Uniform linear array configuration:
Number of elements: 16
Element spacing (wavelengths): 0.25
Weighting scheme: hamming
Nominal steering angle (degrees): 45
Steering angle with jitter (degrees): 45.873
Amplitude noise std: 0.05
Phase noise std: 0.05

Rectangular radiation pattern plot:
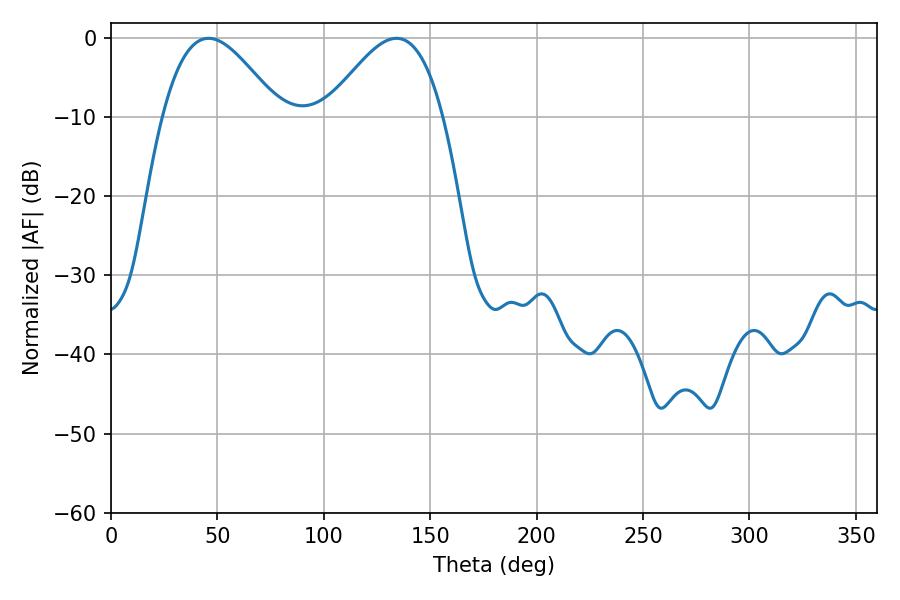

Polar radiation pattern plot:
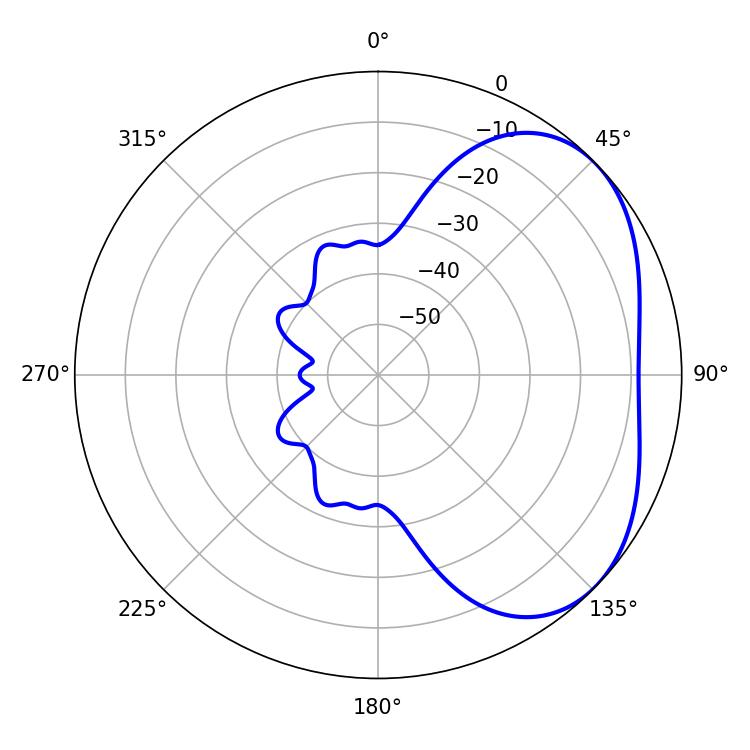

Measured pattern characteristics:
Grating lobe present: FALSE
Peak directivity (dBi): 3.582
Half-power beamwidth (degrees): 29.52
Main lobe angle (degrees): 45.9